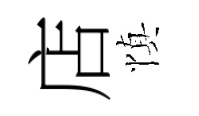
店慎